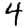
Digit: 4